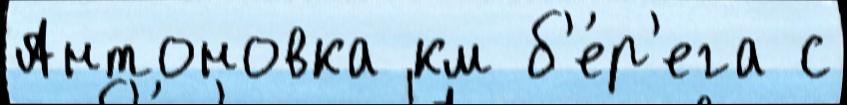
Антоновка км б'е́р'ега с